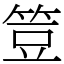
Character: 䇺